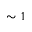
\sim 1